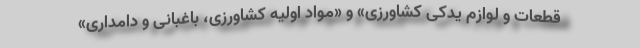
قطعات و لوازم یدکی کشاورزی» و «مواد اولیه کشاورزی، باغبانی و دامداری»